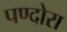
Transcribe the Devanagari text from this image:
पण्दोरा